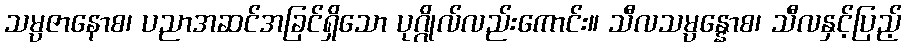
သမ္ပဇာနောစ၊ ပညာအဆင်အခြင်ရှိသော ပုဂ္ဂိုလ်လည်းကောင်း။ သီလသမ္ပန္နောစ၊ သီလနှင့်ပြည့်